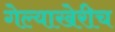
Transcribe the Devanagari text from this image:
गेल्याखेरीच